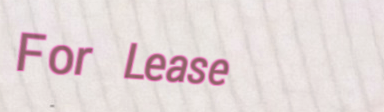
For Lease